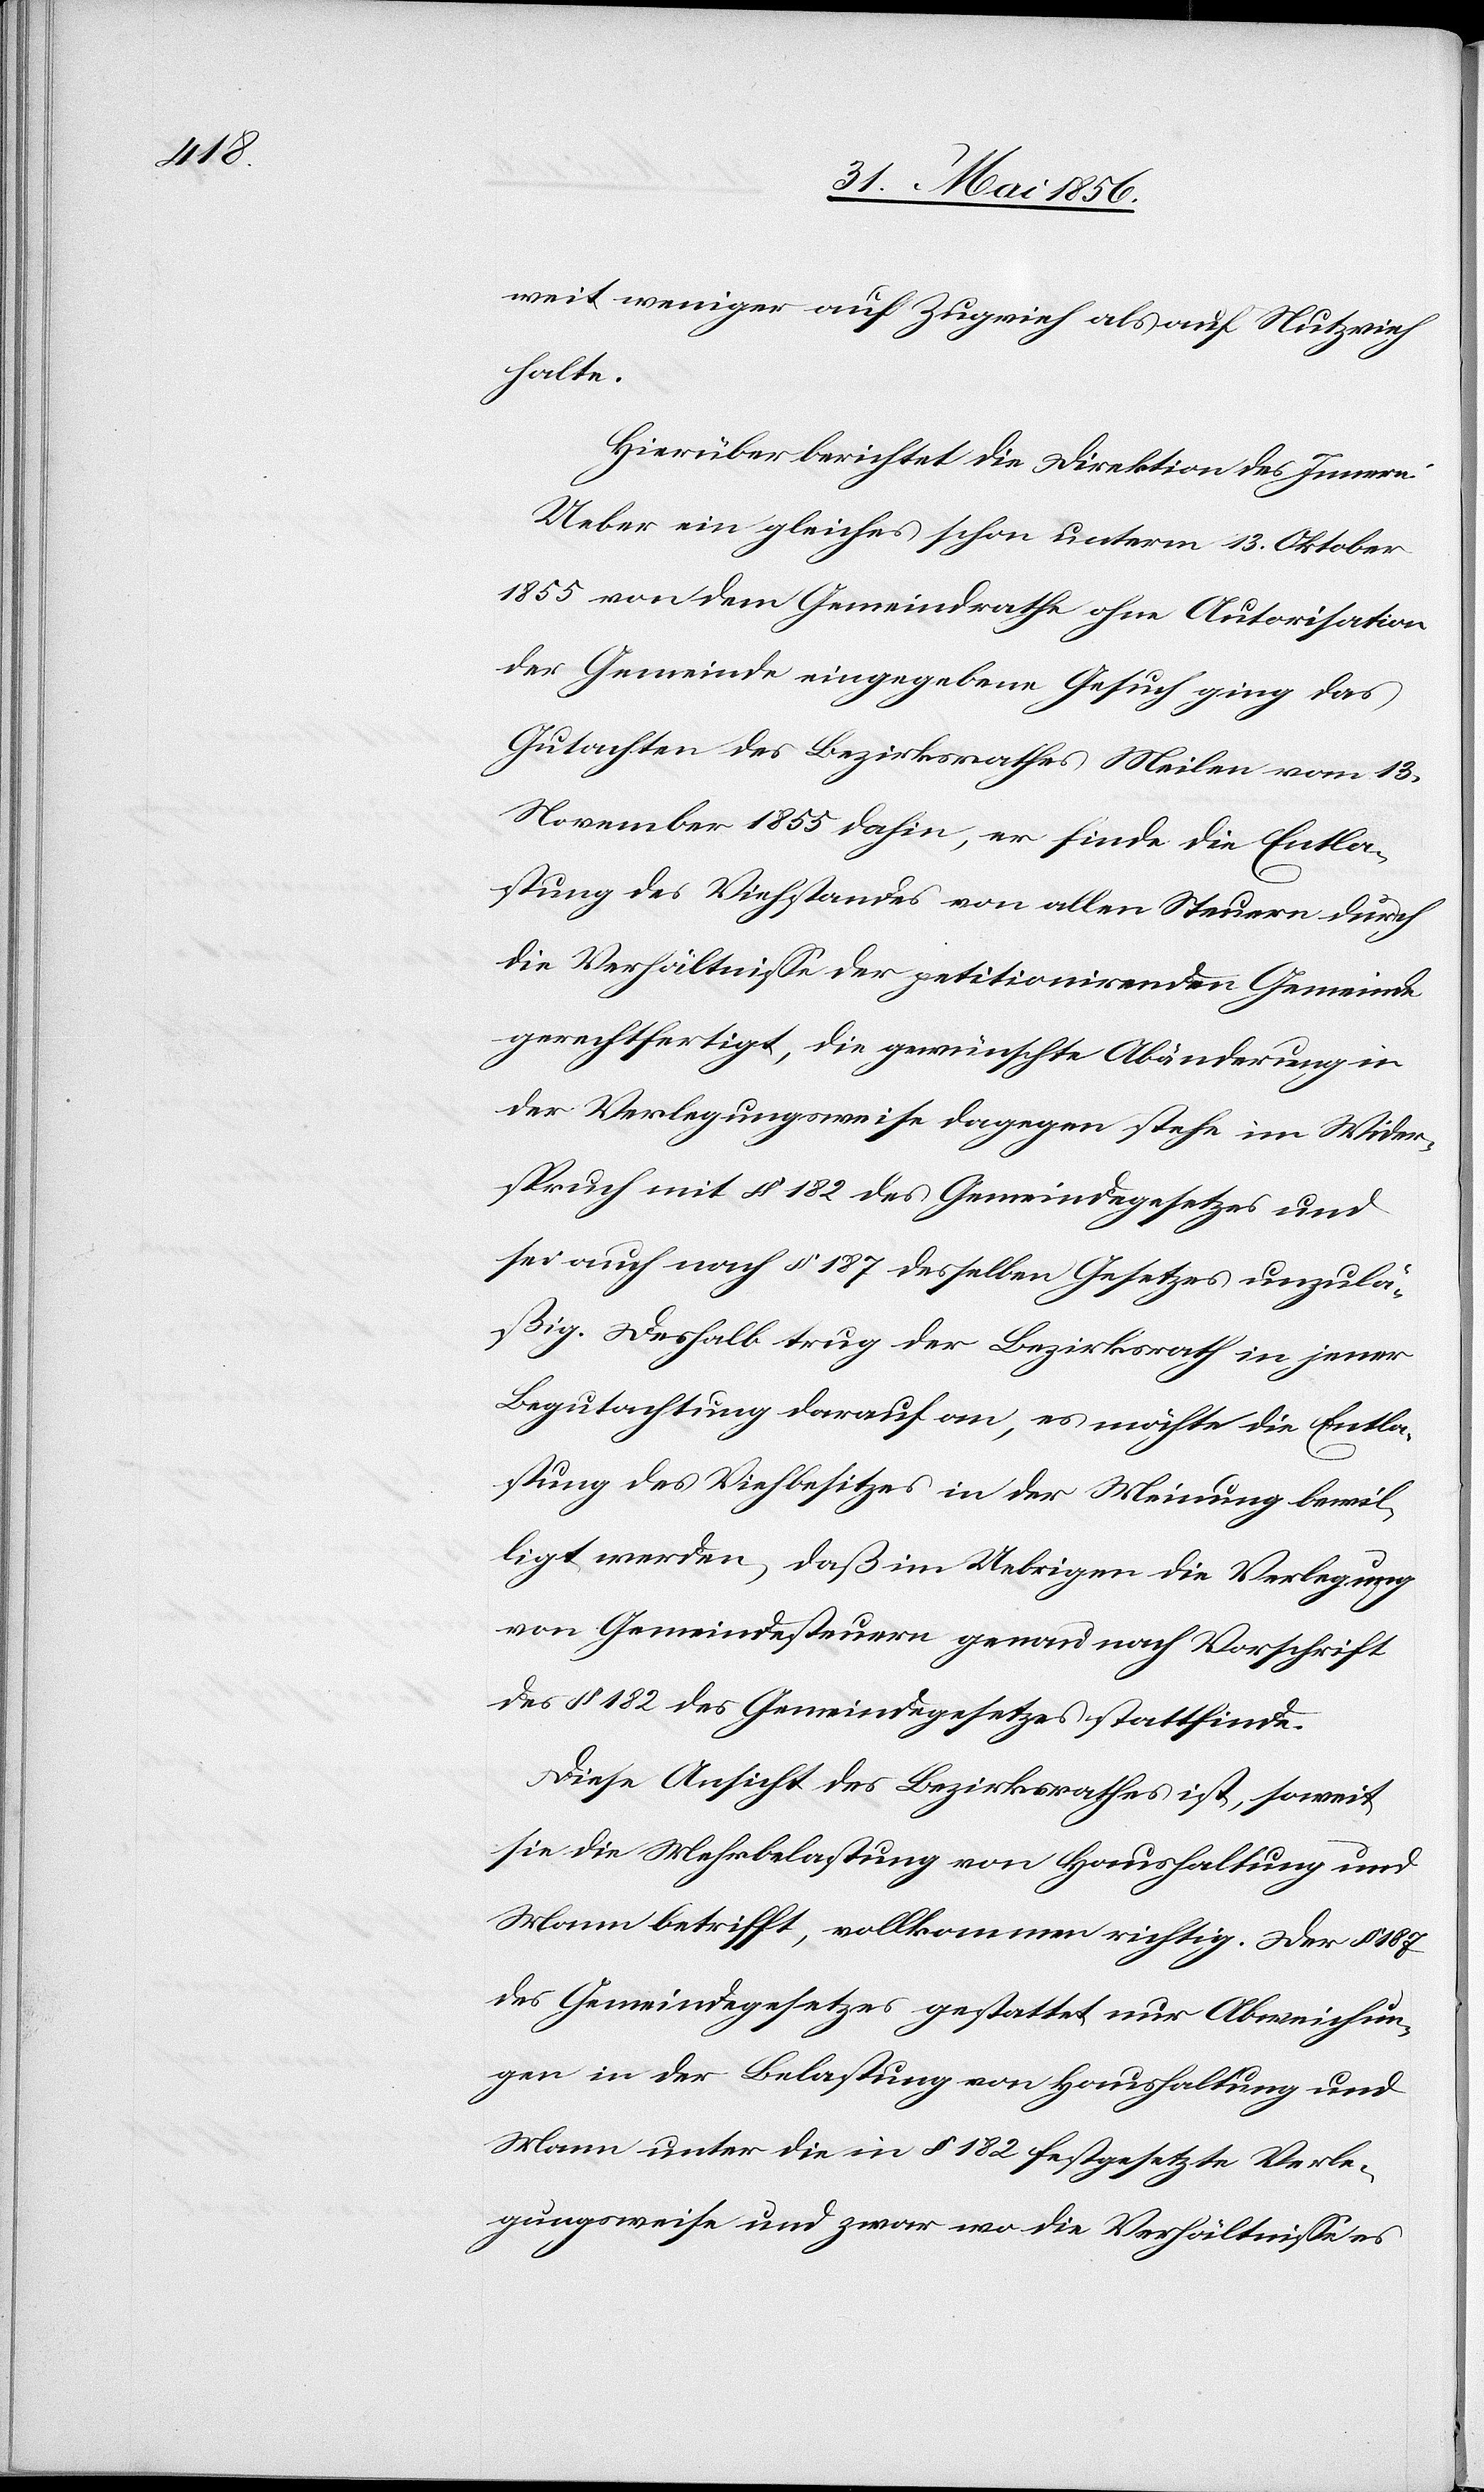
weit weniger auf Zugvieh als auf Nutzvieh
halte.
Hierüber berichtet die Direktion des Innern:
Ueber ein gleiches schon unterm 13. Oktober
1855 von dem Gemeindrathe ohne Autorisation
der Gemeinde eingegebene Gesuch ging das
Gutachtes des Bezirksrathes Meilen vom 13.
November 1855 dahin, er finde die Entla¬
stung des Viehstandes von allen Steuern durch
die Verhältnisse der petitionirenden Gemeinde
gerechtfertigt, die gewünschte Abänderung in
der Verlegungsweise dagegen stehe im Wider¬
spruch mit § 182 des Gemeindegesetzes und
sei auch nach § 187 desselben Gesetzes unzul¬
äßig. Deshalb trug der Bezirksrath in jener
Begutachtung darauf an, es möchte die Entla¬
stung des Viehbesitzes in der Meinung bewil¬
ligt werden, daß im Uebrigen die Verlegung
von Gemeindesteuern genau nach Vorschrift
des § 182 des Gemeindegesetzes stattfinde.
Diese Ansicht des Bezirksrathes ist, soweit
sie die Mehrbelastung von Haushaltung und
Mann betrifft, vollkommen richtig. Der § 187
des Gemeindegesetzes gestattet nur Abweichun¬
gen in der Belastung von Haushaltung und
Mann unter die in § 182 festgesetzte Verle¬
gungsweise und zwar wo die Verhältnisse es